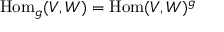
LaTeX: \operatorname { H o m } _ { \mathfrak { g } } ( V , W ) = \operatorname { H o m } ( V , W ) ^ { \mathfrak { g } }